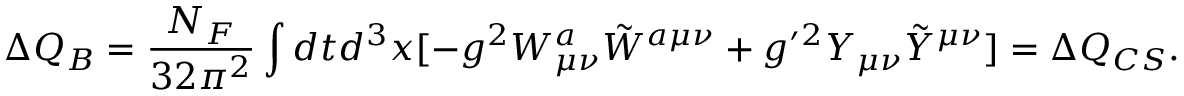
\Delta Q _ { B } = { \frac { N _ { F } } { 3 2 \pi ^ { 2 } } } \int d t d ^ { 3 } x [ - g ^ { 2 } W _ { \mu \nu } ^ { a } { \tilde { W } } ^ { a \mu \nu } + { g ^ { \prime } } { } ^ { 2 } Y _ { \mu \nu } { \tilde { Y } } ^ { \mu \nu } ] = \Delta Q _ { C S } .